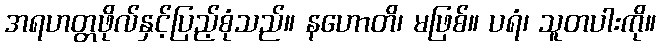
အရဟတ္တဖိုလ်နှင့်ပြည့်စုံသည်။ နဟောတိ၊ မဖြစ်။ ပရံ၊ သူတပါးကို။